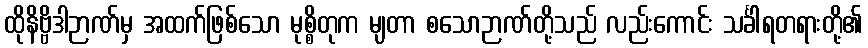
ထိုနိဗ္ဗိဒါဉာဏ်မှ အထက်ဖြစ်သော မုစ္စိတုက မျတာ စသောဉာဏ်တို့သည် လည်းကောင်း သင်္ခါရတရားတို့၏